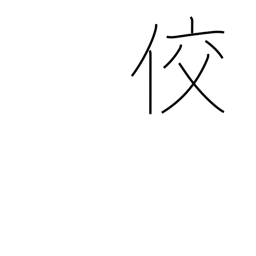
Meaning: sly